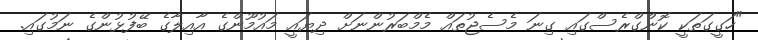
"ހަގީގަތަކީ ކޮންގްރެސްގައި ގިނަ މެސެޖުތައް މެމްބަރުންނަށް ދިޔައީ މައުމޫންގެ އާއިލާގެ ބޭފުޅުންގެ ނަމުގައި.